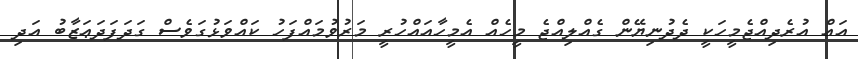
އައް އުރެދިއްޖެމީހަކީ ދެދުނިޔޭން ގެއްލިއްޖެ މީހެއް އެމީހާއައްހުރީ މަރުވުމައްފަހު ކައްވަޅުގަވެސް ގަދަފަދަޢަޒާބު އަދި